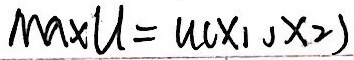
Max \[\ u = u(x_1,x_2)\]